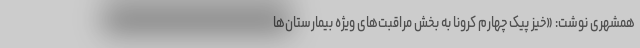
همشهری نوشت: «خیز پیک چهارم کرونا به بخش مراقبت‌های ویژه بیمارستان‌ها